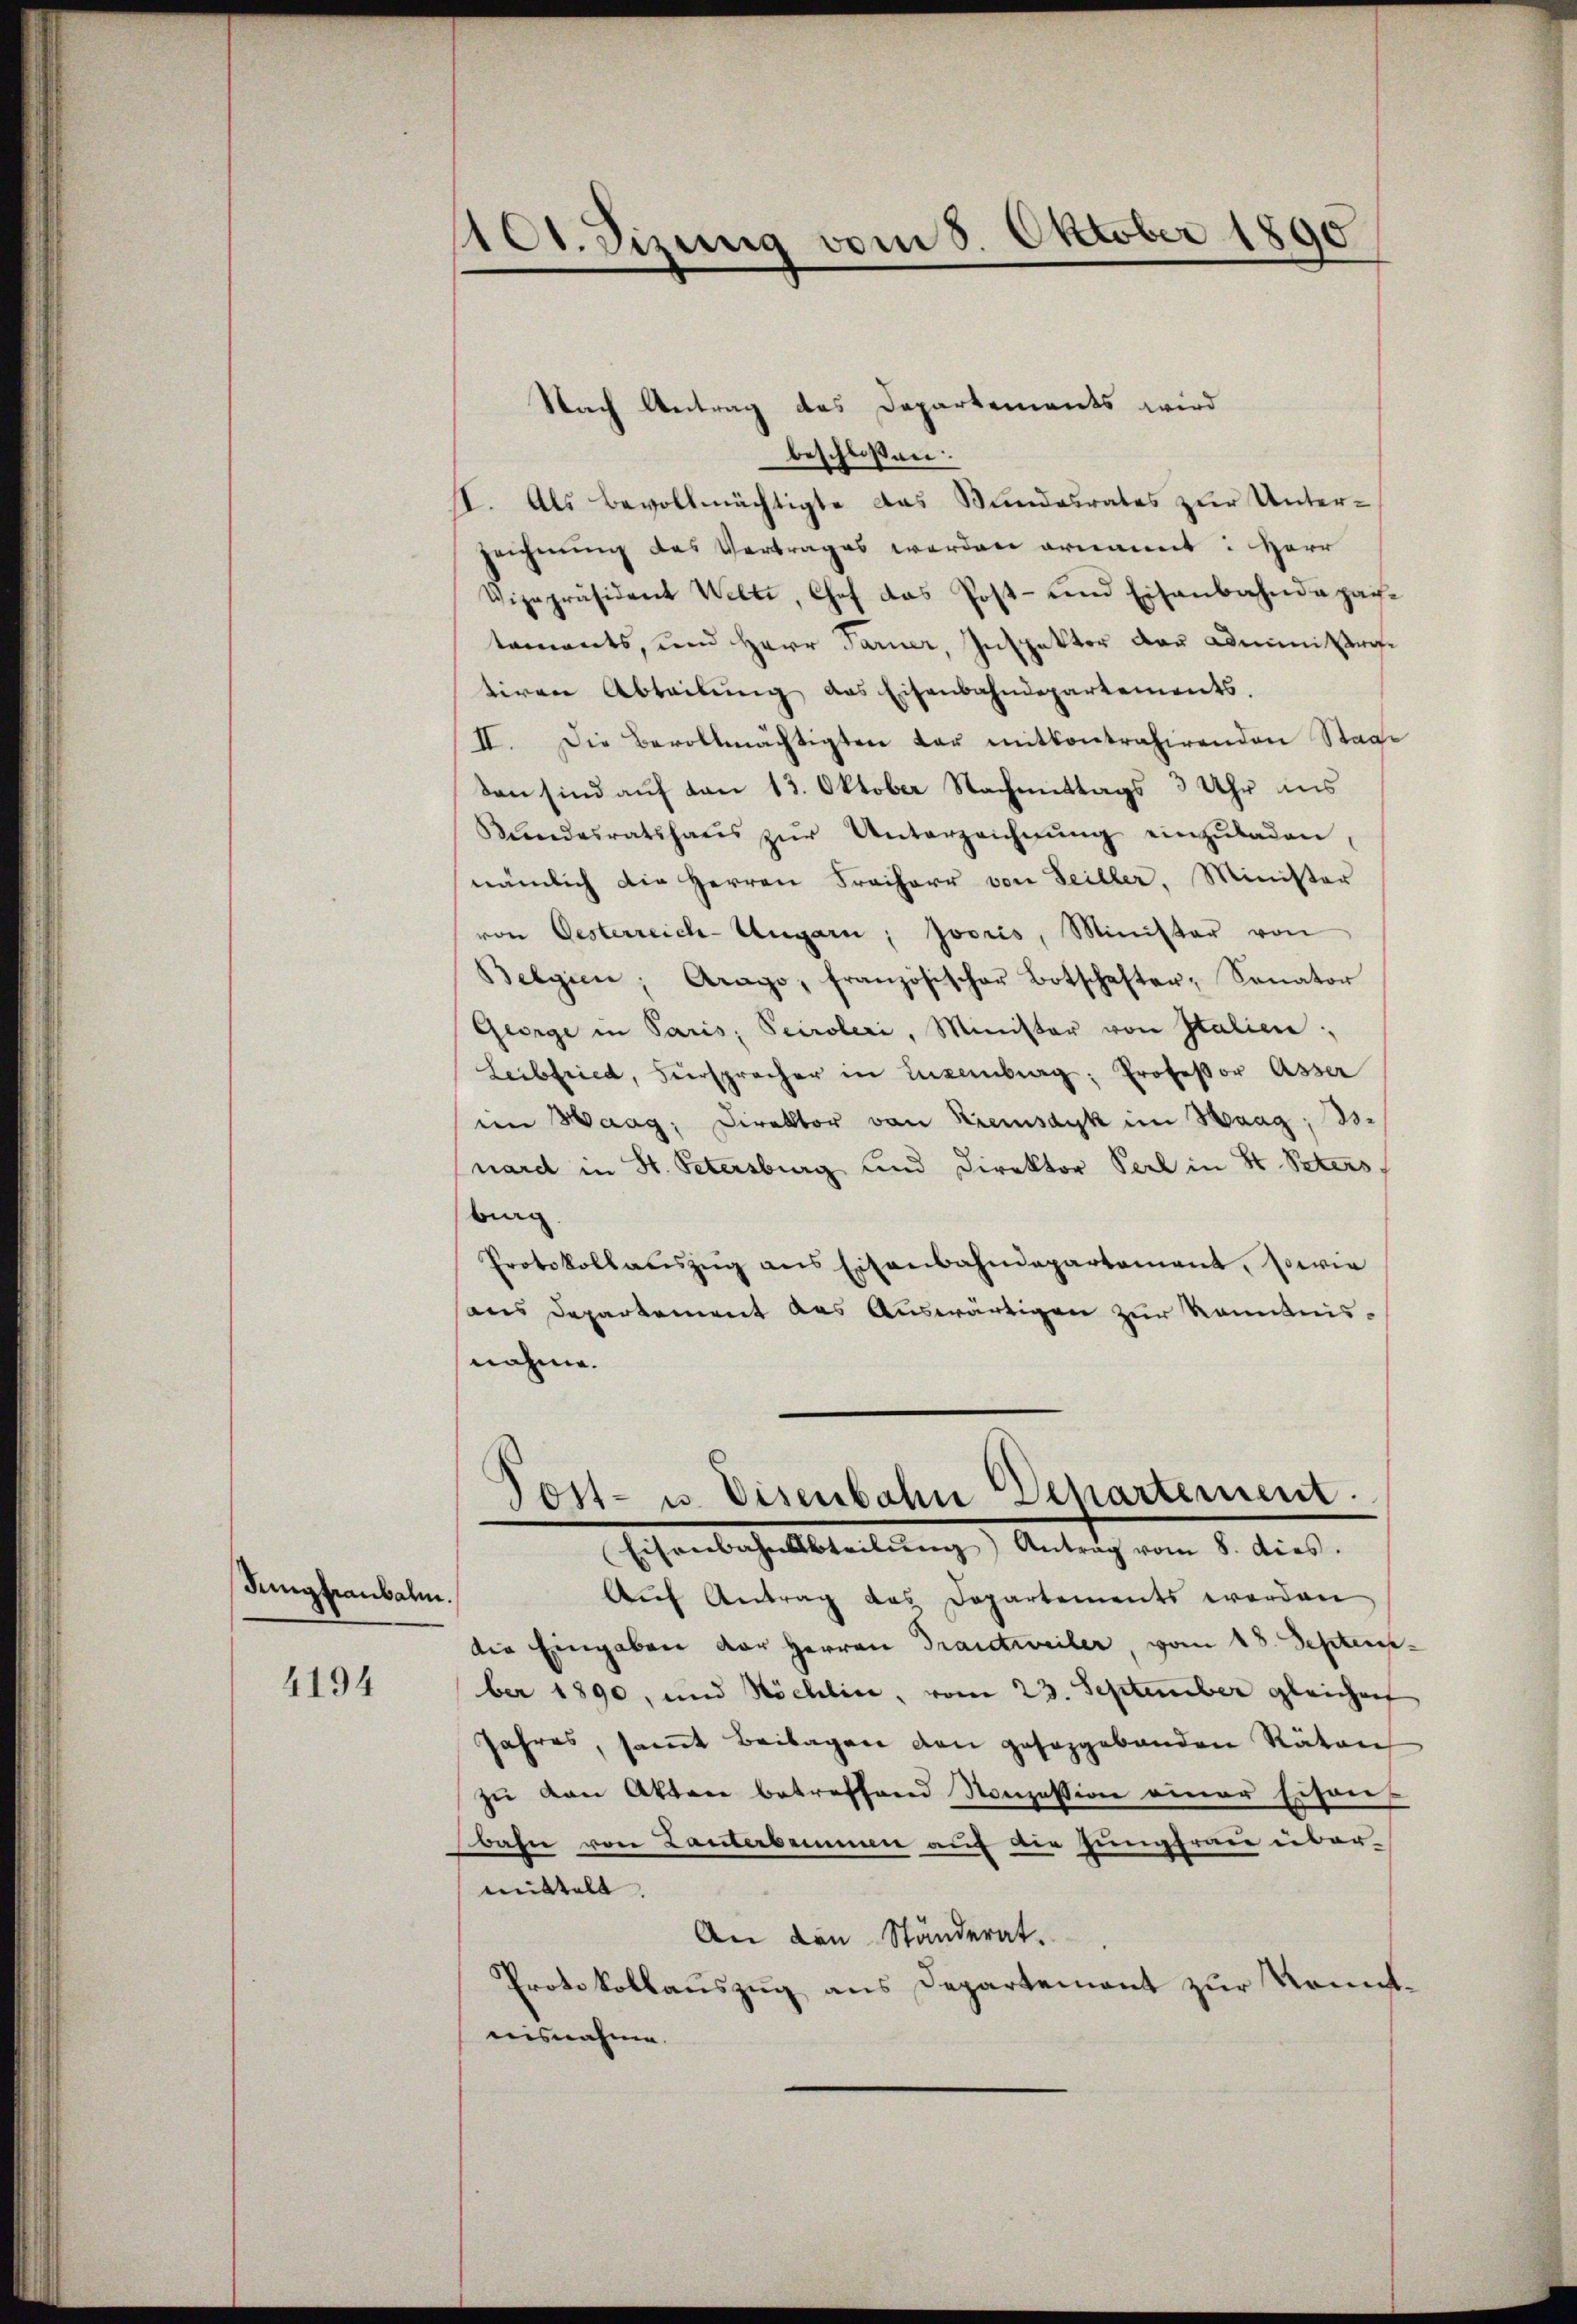
Jungfraubalm.

4194

Nach Antrag des Departements wird
beschloßen:
II. Als Bevollmächtigte das Bundesrates zur Unterzeichnung des Vertrages werden ornannt: Herr
Vizepräsident Welti, Chef das Post- und Eisenbahndepach-
tements, und Herr Tarner, Inspektor der Administraftiren Abteilŭng das Eisenbahndepartements.
II. Die Bevollmächtigten der mitkontrahirenden Staat
don sind auf von 13. Oktober Nachmittags 3 Uhr aus
Rŭndesratshaŭs zŭr Unterzeichnŭng einzŭladen,
nämlich die Herren Freiherr von Seiller, Minister
von Oesterreich-Ungarn, Jooris, Minister von
Belgien, Arago, französischer Botschafter, Sanator
George in Paris; Sciroleri, Minister von Italien;
Leibfried, Fürspracher in Luxenberg; Professor Asser
im Haag, Direktor von Kremsdyk im Haag; 3.
nard in St. Petersburg und Direktor Perl in St. Peters
burg
Protokollaŭszŭg ans Eisenbahndepartement, sowie
sans Departement das Auswärtigen zur Kenntnisnahme.

1101. Sizung vom 8. Oktober 1890

Post- u. Eisenbahn Departement.
Eisenbahnabteilŭng Antrag vom 8. dies.

Auf Antrag des Departements werden
die Eingaben der Herren Frantweiler, vom 18. September 1890, und Nöchlice, vom 23. September gleichnit
Jahres, samt Beilagen den gesorgebenden Räten
zŭ von Akten betreffend Konzession einer Eisen-
bahn von Lantersammen auf die Jungfrau übermittelt. |
An den Ständerat.
Protokollauszug aus Departement zur Kenntnisnahme.